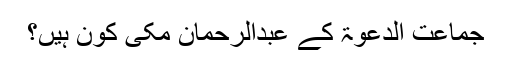
جماعت الدعوۃ کے عبدالرحمان مکی کون ہیں؟